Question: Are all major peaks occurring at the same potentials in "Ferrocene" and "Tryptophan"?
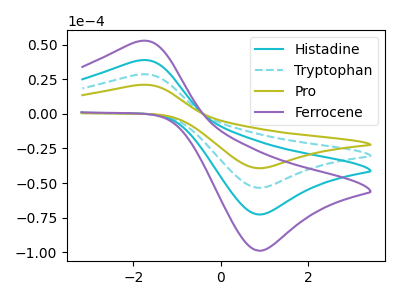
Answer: <think>The cyan curve "Histadine" has an anodic peak at (-1.85V, 56.75uA) and a cathodic peak at (0.85V, -106.90uA). The cyan dashed curve "Tryptophan" has an anodic peak at (-1.85V, 28.35uA) and a cathodic peak at (0.85V, -53.45uA). The olive curve "Pro" has an anodic peak at (-1.85V, 20.85uA) and a cathodic peak at (0.85V, -39.30uA). The purple curve "Ferrocene" has an anodic peak at (-1.85V, 85.10uA) and a cathodic peak at (0.85V, -160.30uA).</think>
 <answer>Yes, "Ferrocene" have a peak in "Tryptophan" at the same potential.</answer>
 <eval>match</eval>